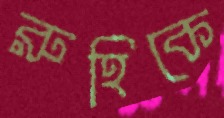
রুহিকে